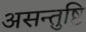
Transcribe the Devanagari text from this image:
असन्तुष्टि